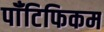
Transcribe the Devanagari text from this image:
पॉँटिफिकम